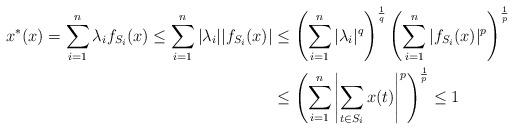
LaTeX: \begin{align*}x^*(x)=\sum_{i=1}^n \lambda_i f_{S_i}(x)\leq \sum_{i=1}^n \vert \lambda_i\vert \vert f_{S_i}(x)\vert& \leq \left(\sum_{i=1}^n \vert \lambda_i\vert^q \right)^\frac{1}{q}\left(\sum_{i=1}^n \vert f_{S_i}(x)\vert^p \right)^\frac{1}{p}\\& \leq \left(\sum_{i=1}^n \left\vert \sum_{t\in S_i} x(t) \right\vert^p \right)^\frac{1}{p}\leq 1\end{align*}